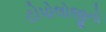
ટોપોલોજીનો